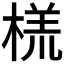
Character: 𬃑